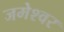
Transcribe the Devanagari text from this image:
जमेश्वर